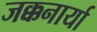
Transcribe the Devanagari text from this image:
जक्कनार्या